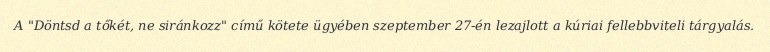
A "Döntsd a tőkét, ne siránkozz" című kötete ügyében szeptember 27-én lezajlott a kúriai fellebbviteli tárgyalás.